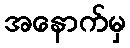
အနောက်မှ